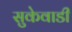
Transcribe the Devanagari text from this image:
सुकेवाडी